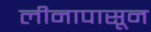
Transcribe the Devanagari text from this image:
लीनापासून